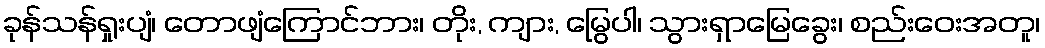
ခုန်သန်ရှုးပျံ၊ တောဖျံကြောင်ဘား၊ တိုး, ကျား, မြွေပါ၊ သွားရှာမြေခွေး၊ စည်းဝေးအတူ၊